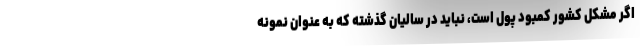
اگر مشکل کشور کمبود پول است، نباید در سالیان گذشته که به عنوان نمونه